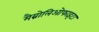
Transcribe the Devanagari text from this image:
मैग्नोलिओफाइटा